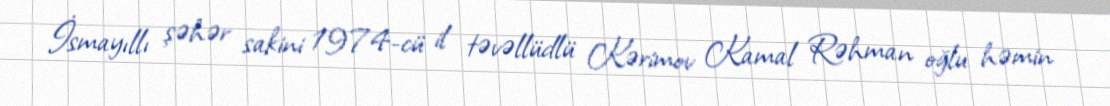
İsmayıllı şəhər sakini 1974-cü il təvəllüdlü Kərimov Kamal Rəhman oğlu həmin